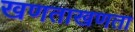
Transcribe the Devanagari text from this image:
खणताखणता